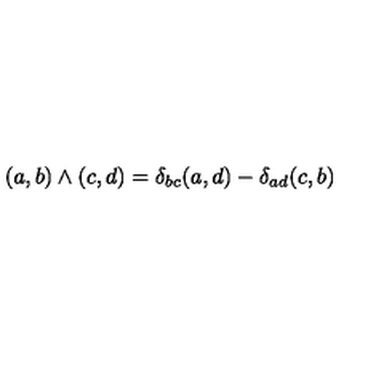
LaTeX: ( a , b ) \wedge ( c , d ) = \delta _ { b c } ( a , d ) - \delta _ { a d } ( c , b )